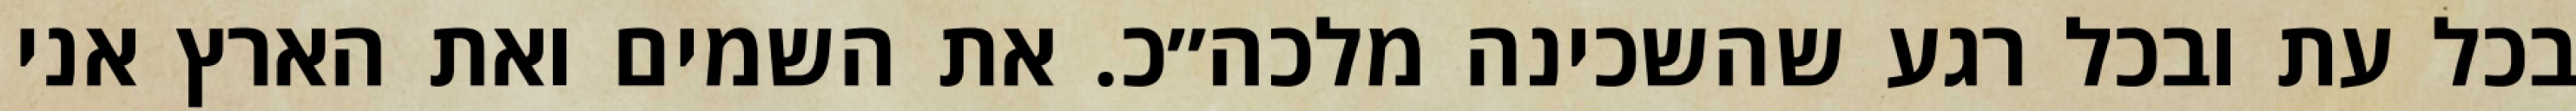
בכל עת ובכל רגע שהשכינה מלכה״כ. את השמים ואת הארץ אני